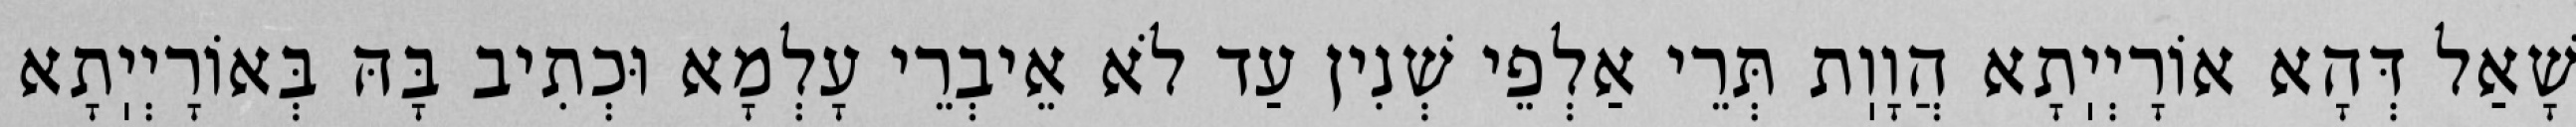
שָׁאַל דְּהָא אוֹרָיְיֽתָא הֲוָוֽת תְּרֵי אַלְפֵי שְׁנִין עַד לֹא אֵיבְרֵי עָלְמָא וּכְתִיב בָּהּ בְּאוֹרָיְיֽתָא